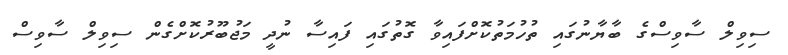
ސިވިލް ސާވިސްގެ ބާޔާނުގައި ތުހުމަތުކޮށްފައިވާ ގޮތުގައި ފައިސާ ނުދީ މަޖުބޫރުކޮށްގެން ސިވިލް ސާވިސް